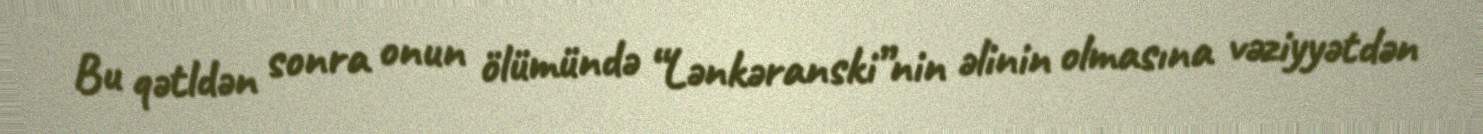
Bu qətldən sonra onun ölümündə “Lənkəranski”nin əlinin olmasına vəziyyətdən